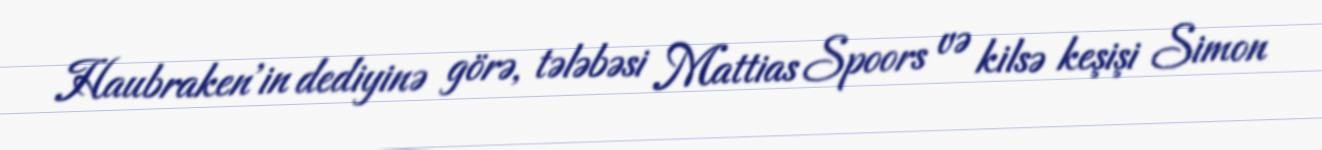
Haubraken'in dediyinə görə, tələbəsi Mattias Spoors və kilsə keşişi Simon